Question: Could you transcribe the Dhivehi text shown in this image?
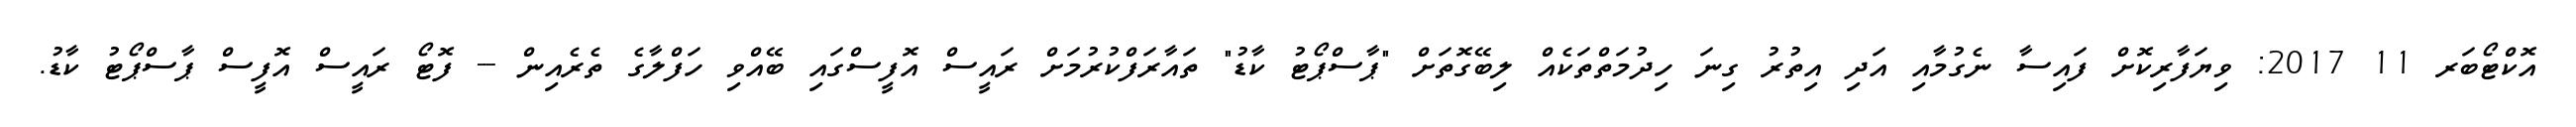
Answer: އޮކްޓޯބަރ 11 2017: ވިޔަފާރިކޮށް ފައިސާ ނެގުމާއި އަދި އިތުރު ގިނަ ހިދުމަތްތަކެއް ލިބޭގޮތަށް "ޕާސްޕޯޓު ކާޑު" ތައާރަފްކުރުމަށް ރައީސް އޮފީސްގައި ބޭއްވި ހަފްލާގެ ތެރެއިން -- ފޮޓޯ ރައީސް އޮފީސް ޕާސްޕޯޓު ކާޑު.